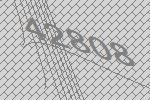
42808